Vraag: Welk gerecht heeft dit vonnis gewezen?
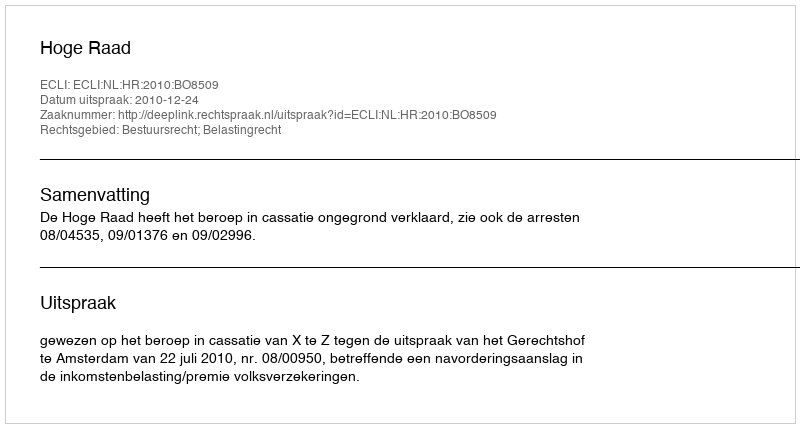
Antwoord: Hoge Raad